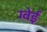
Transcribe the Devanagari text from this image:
ग्वेई